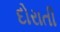
દોરાતી